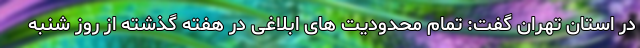
در استان تهران گفت: تمام محدودیت های ابلاغی در هفته گذشته از روز شنبه